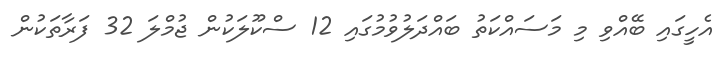
އެހީގައި ބޭއްވި މި މަސައްކަތު ބައްދަލުވުމުގައި 12 ސްކޫލަކުން ޖުމްލަ 32 ފަރާތަކުން